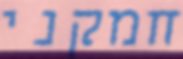
חמקני